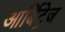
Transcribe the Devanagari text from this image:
आर्बिट्रेज